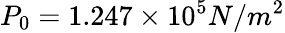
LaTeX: P_{0}=1.247\times 10^{5}N/m^{2}